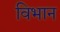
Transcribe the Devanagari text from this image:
विभान